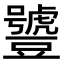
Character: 𧰑